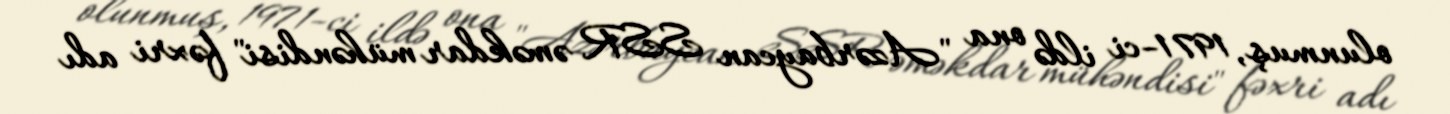
olunmuş, 1971-ci ildə ona "Azərbaycan SSR əməkdar mühəndisi" fəxri adı